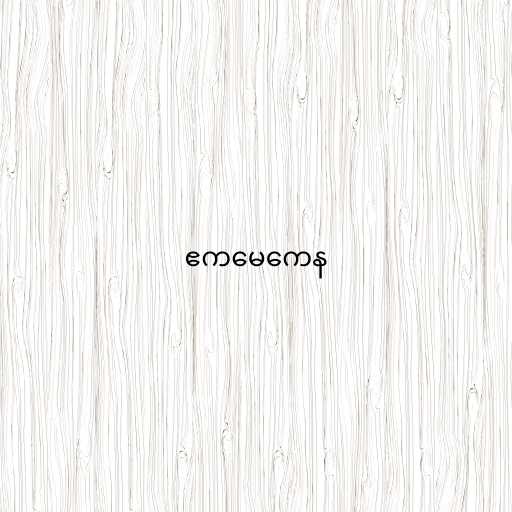
ဧကမေကေန